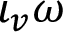
\iota _ { v } \omega